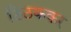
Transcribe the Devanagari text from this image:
ठिठककर